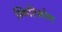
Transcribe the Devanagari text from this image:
स्थितिकोण